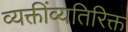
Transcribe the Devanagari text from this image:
व्यक्तींव्यतिरिक्त